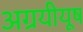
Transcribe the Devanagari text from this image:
अग्रयीयूष